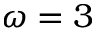
\omega = 3